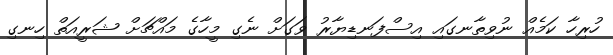
ހުރިހާ ކަމެއް ނުވިތާނގައި އިސްފަނޑިޔާރު ވަގަށް ނެގި މީހާގެ މައްޗަށް ޝަރީއަތް ހިނގި